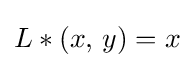
L*(x,\,y)=x